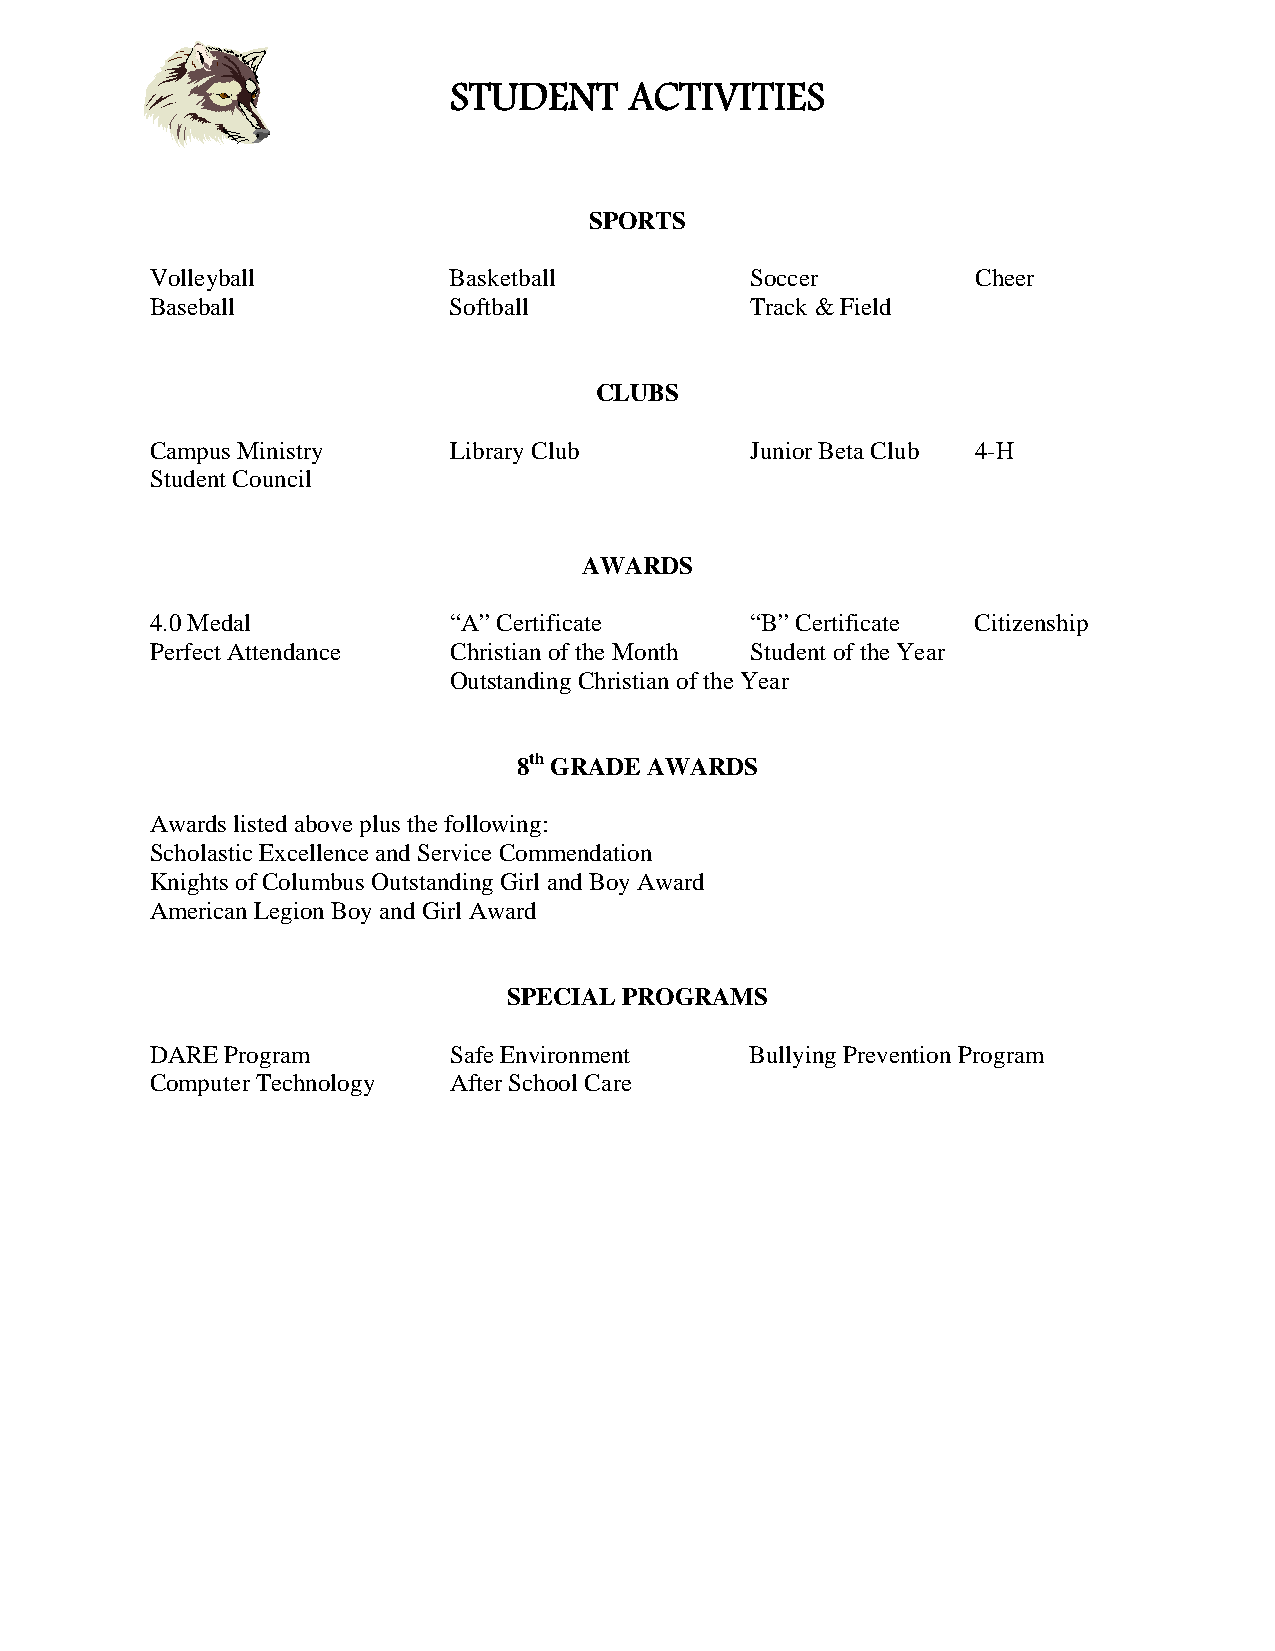
STUDENT     ACTIVITIES
 SPORTS
 Volleyball          Basketball          Soccer         Cheer
 Baseball            Softball            Track & Field
 CLUBS
 Campus Ministry     Library Club        Junior Beta Club 4-H
 Student Council
 AWARDS
 4.0 Medal           “A” Certificate     “B” Certificate Citizenship
 Perfect Attendance  Christian of the Month Student of the Year
 Outstanding Christian of the Year
 8th GRADE AWARDS
 Awards listed above plus the following:
 Scholastic Excellence and Service Commendation
 Knights of Columbus Outstanding Girl and Boy Award
 American Legion Boy and Girl Award
 SPECIAL PROGRAMS
 DARE Program        Safe Environment    Bullying Prevention Program
 Computer Technology After School Care